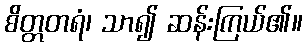
စိတ္တတရံ၊ သာ၍ ဆန်းကြယ်၏။